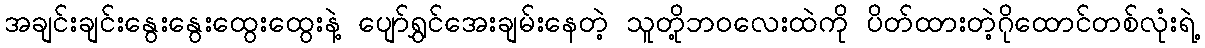
အချင်းချင်းနွေးနွေးထွေးထွေးနဲ့ ပျော်ရွှင်အေးချမ်းနေတဲ့ သူတို့ဘဝလေးထဲကို ပိတ်ထားတဲ့ဂိုထောင်တစ်လုံးရဲ့